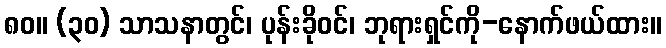
၈၀။ (၃၀) သာသနာတွင်၊ ပုန်းခိုဝင်၊ ဘုရားရှင်ကို-နောက်ဖယ်ထား။